Civil Veterinary Dept. North-West Frontier Province 1933-46 - 1933-1946
Year: 1933
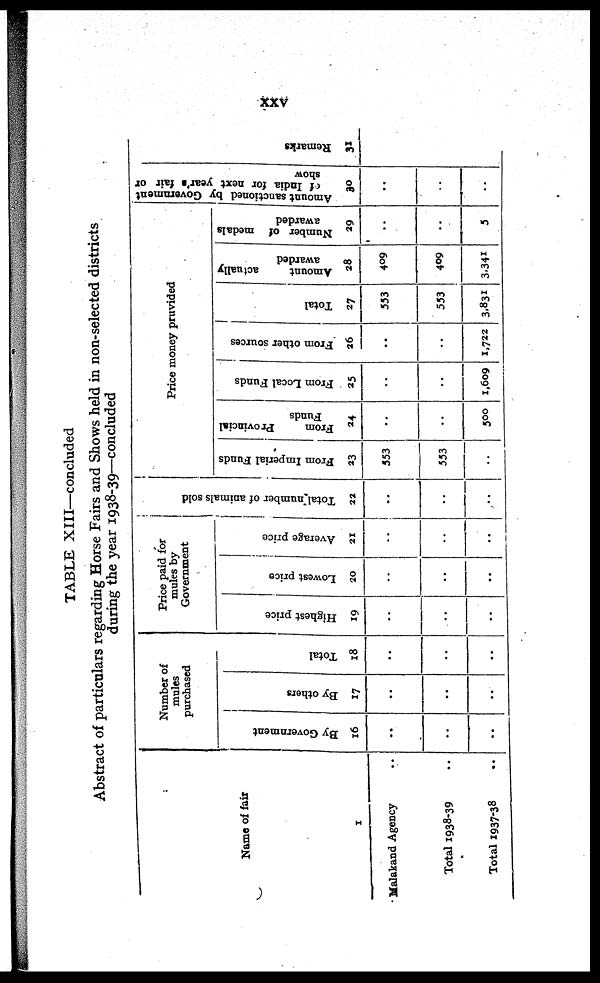
xxv
TABLE XIII—concluded
Abstract of particulars regarding Horse Fairs and Shows held in non-selected districts
during the year 1938-39—concluded
Name of fair
1
Malakand Agency ..
Total 1938-39 ..
Total 1937-38 ..
Number of
mules
purchased
By Government
16
..
..
..
By others
17
..
..
..
Total
18
..
..
..
Price paid for
mules by
Government
Highest price
19
..
..
..
Lowest price
20
..
..
..
Average price
21
..
..
..
Tot al number of ani mal s sol d
22
...
..
..
Price money pruvided
From Imperial Funds
23
353
533
..
From
Provincial
Funds
24
..
..
500
From Local Funds
25
..
..
1,609
From other sources
26
..
..
1,722
Total
27
553
553
3,831
Amount
actually
awarded
28
409
409
3,341
Number of medals
awarded
29
..
..
5
Amount sanctioned by Government
of
India for next year's fair or
show
30
..
..
..
Remarks
31